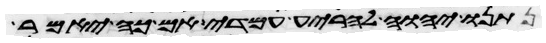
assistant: נתנו יהוה להריע עמדי אם כה יאמר